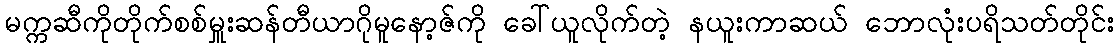
မက္ကဆီကိုတိုက်စစ်မှူးဆန်တီယာဂိုမူနော့ဇ်ကို ခေါ်ယူလိုက်တဲ့ နယူးကာဆယ် ဘောလုံးပရိသတ်တိုင်း